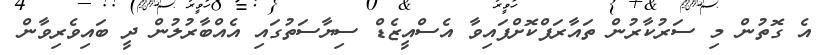
އެ ގޮތުން މި ސަރުކާރުން ތައާރަފްކޮށްފައިވާ އެސްއީޒެޑް ސިޔާސަތުގައި އެއްބާރުލުން ދީ ބައިވެރިވާން